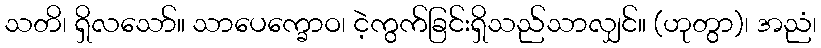
သတိ၊ ရှိလသော်။ သာပေက္ခောဝ၊ ငဲ့ကွက်ခြင်းရှိသည်သာလျှင်။ (ဟုတွာ)၊ အညံ၊